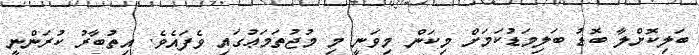
ބަލިކޮށްލާ ބޮޑު ބަލިމަޑުކަމަށް މިކަން މިވަނީ މި މުޖުތަމަޢުގައި ވެފައެވެ. އިތުބާރު ކުރަންނީ